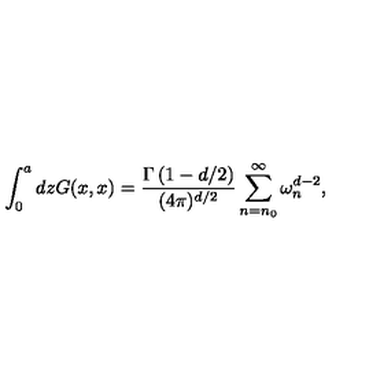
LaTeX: \int _ { 0 } ^ { a } d z G ( x , x ) = { \frac { \Gamma \left( 1 - d / 2 \right) } { ( 4 \pi ) ^ { d / 2 } } } \sum _ { n = n _ { 0 } } ^ { \infty } \omega _ { n } ^ { d - 2 } ,